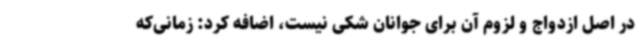
در اصل ازدواج و لزوم آن برای جوانان شکی نیست، اضافه کرد: زمانی‌که